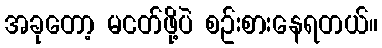
အခုတော့ မငတ်ဖို့ပဲ စဥ်းစားနေရတယ်။